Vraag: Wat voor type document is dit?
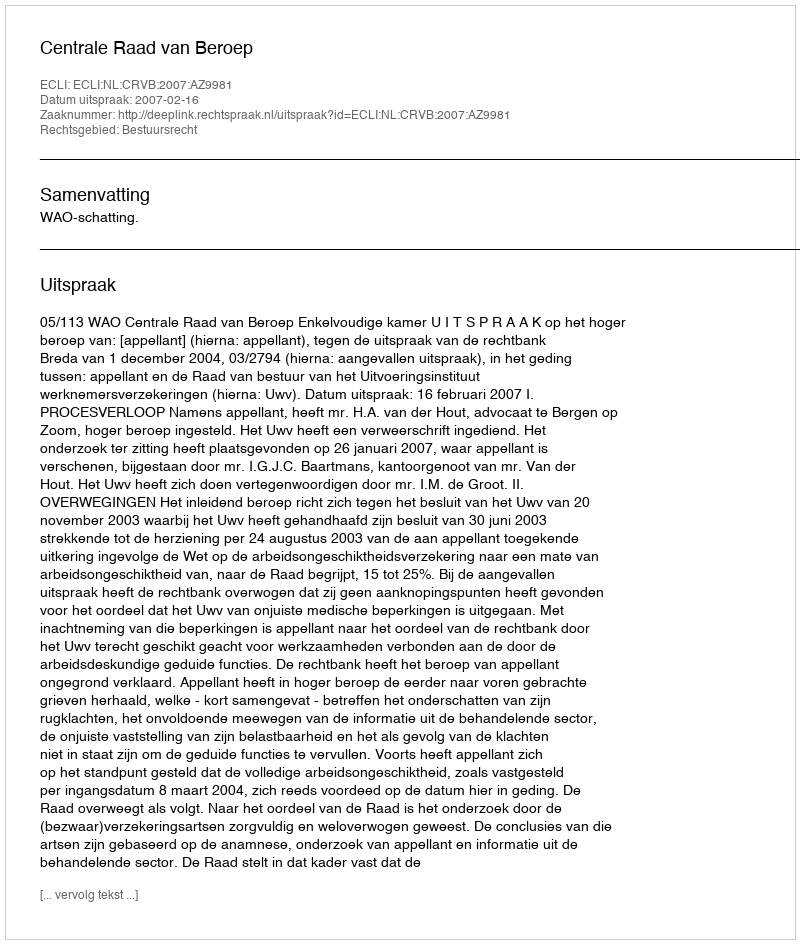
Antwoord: Uitspraak